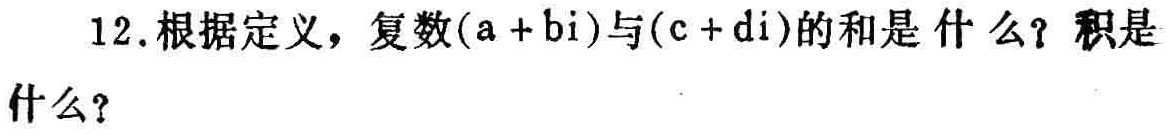
12.根据定义，复数\((a + bi)\)与\((c + di)\)的和是什么？积是什么？